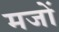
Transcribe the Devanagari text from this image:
मजों